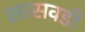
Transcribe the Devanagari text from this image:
सासवडी